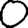
Digit: 0